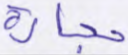
حجارة